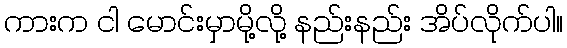
ကားက ငါ မောင်းမှာမို့လို့ နည်းနည်း အိပ်လိုက်ပါ။